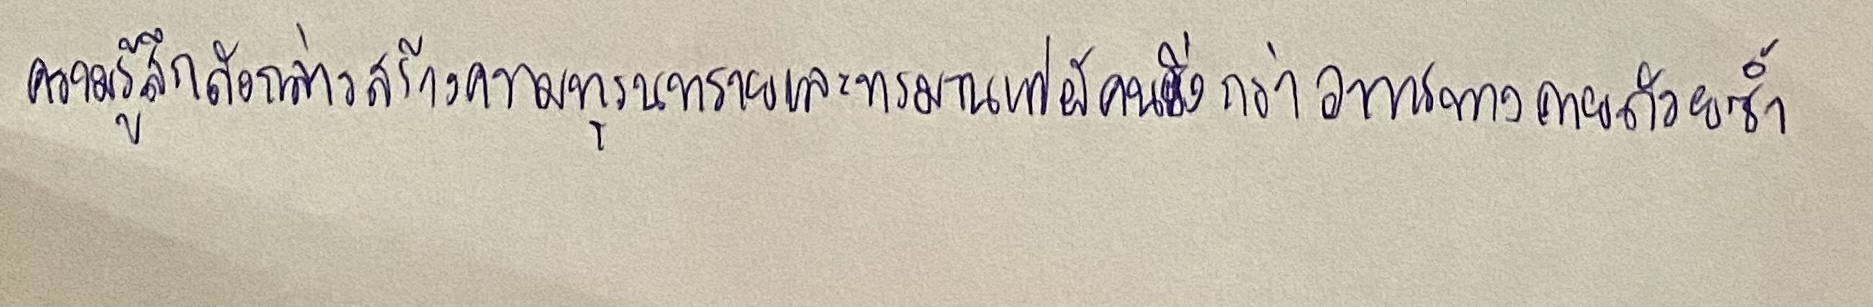
ความรู้สึกดังกล่าวสร้างความทุรนทุรายและทรมานแก่ผู้คนยิ่งกว่าอาการทางกายด้วยซ้ำ